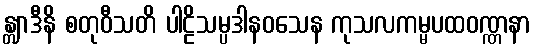
န္တျာဒီနိ စတုဝီသတိ ပါဠိသမ္ပဒါနဝသေန ကုသလကမ္မပထဝဏ္ဏနာ